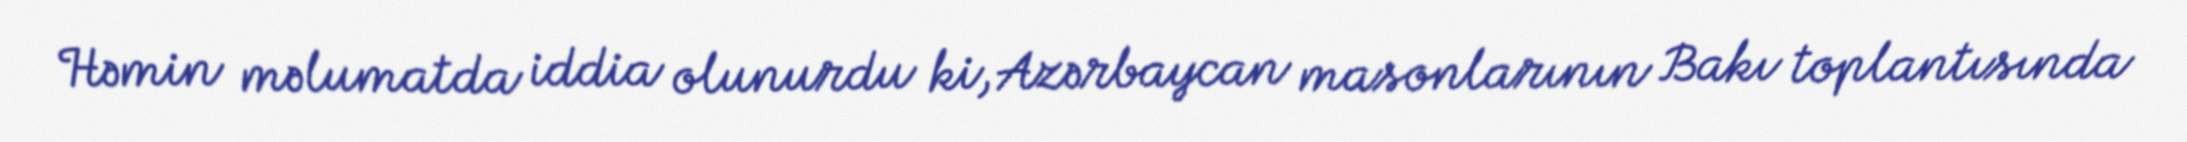
Həmin məlumatda iddia olunurdu ki, Azərbaycan masonlarının Bakı toplantısında